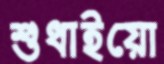
শুধাইয়ো